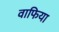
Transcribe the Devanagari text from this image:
वाफिया